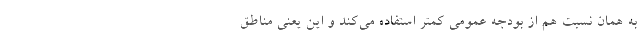
به همان نسبت هم از بودجه عمومی کمتر استفاده می‌کند و این یعنی مناطق